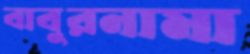
বাবুরনামা